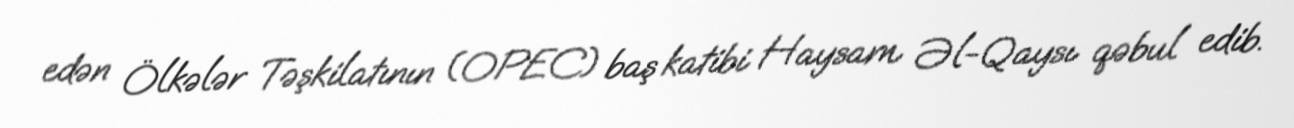
edən Ölkələr Təşkilatının (OPEC) baş katibi Haysam Əl-Qaysı qəbul edib.